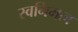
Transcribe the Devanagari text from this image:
स्वनिमत्व